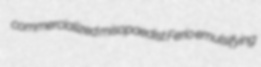
commercialized misopaedist Ferio emulsifying